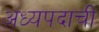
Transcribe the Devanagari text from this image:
अध्यपदाची